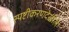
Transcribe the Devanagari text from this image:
स्पष्टीकरणदेखील